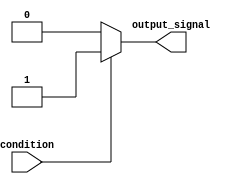
module if_else_statement(
    input wire condition,
    output reg output_signal
);

always @(*)
begin
    if(condition)
    begin
        //execute statements if condition is true
        output_signal <= 1;
    end
    else
    begin
        //execute statements if condition is false
        output_signal <= 0;
    end
end

endmodule